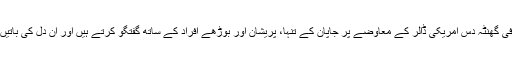
یہ ’اوسان‘ فی گھنٹہ دس امریکی ڈالر کے معاوضے پر جاپان کے تنہا، پریشان اور بوڑھے افراد کے ساتھ گفتگو کرتے ہیں اور ان دل کی باتیں سنتے ہیں۔